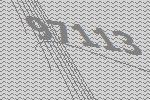
97113